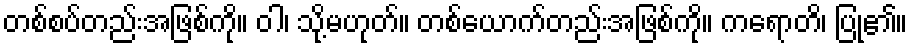
တစ်စပ်တည်းအဖြစ်ကို။ ဝါ၊ သို့မဟုတ်။ တစ်ယောက်တည်းအဖြစ်ကို။ ကရောတိ၊ ပြု၏။